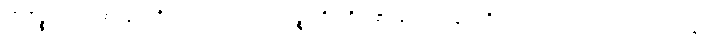
ကိတ္တိဉ္စ၊ ကျော်စောခြင်းကိုလည်းကောင်း။ သုခဉ္စ၊ ကိုယ်စိတ်၏ ချမ်းသာခြင်းကိုလည်းကောင်း။ ယံ ယထာ ယေန